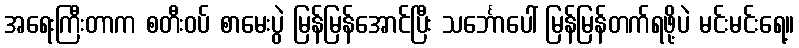
အရေးကြီးတာက စတီးဝပ် စာမေးပွဲ မြန်မြန်အောင်ပြီး သင်္ဘောပေါ် မြန်မြန်တက်ရဖို့ပဲ မင်းမင်းရေ့။